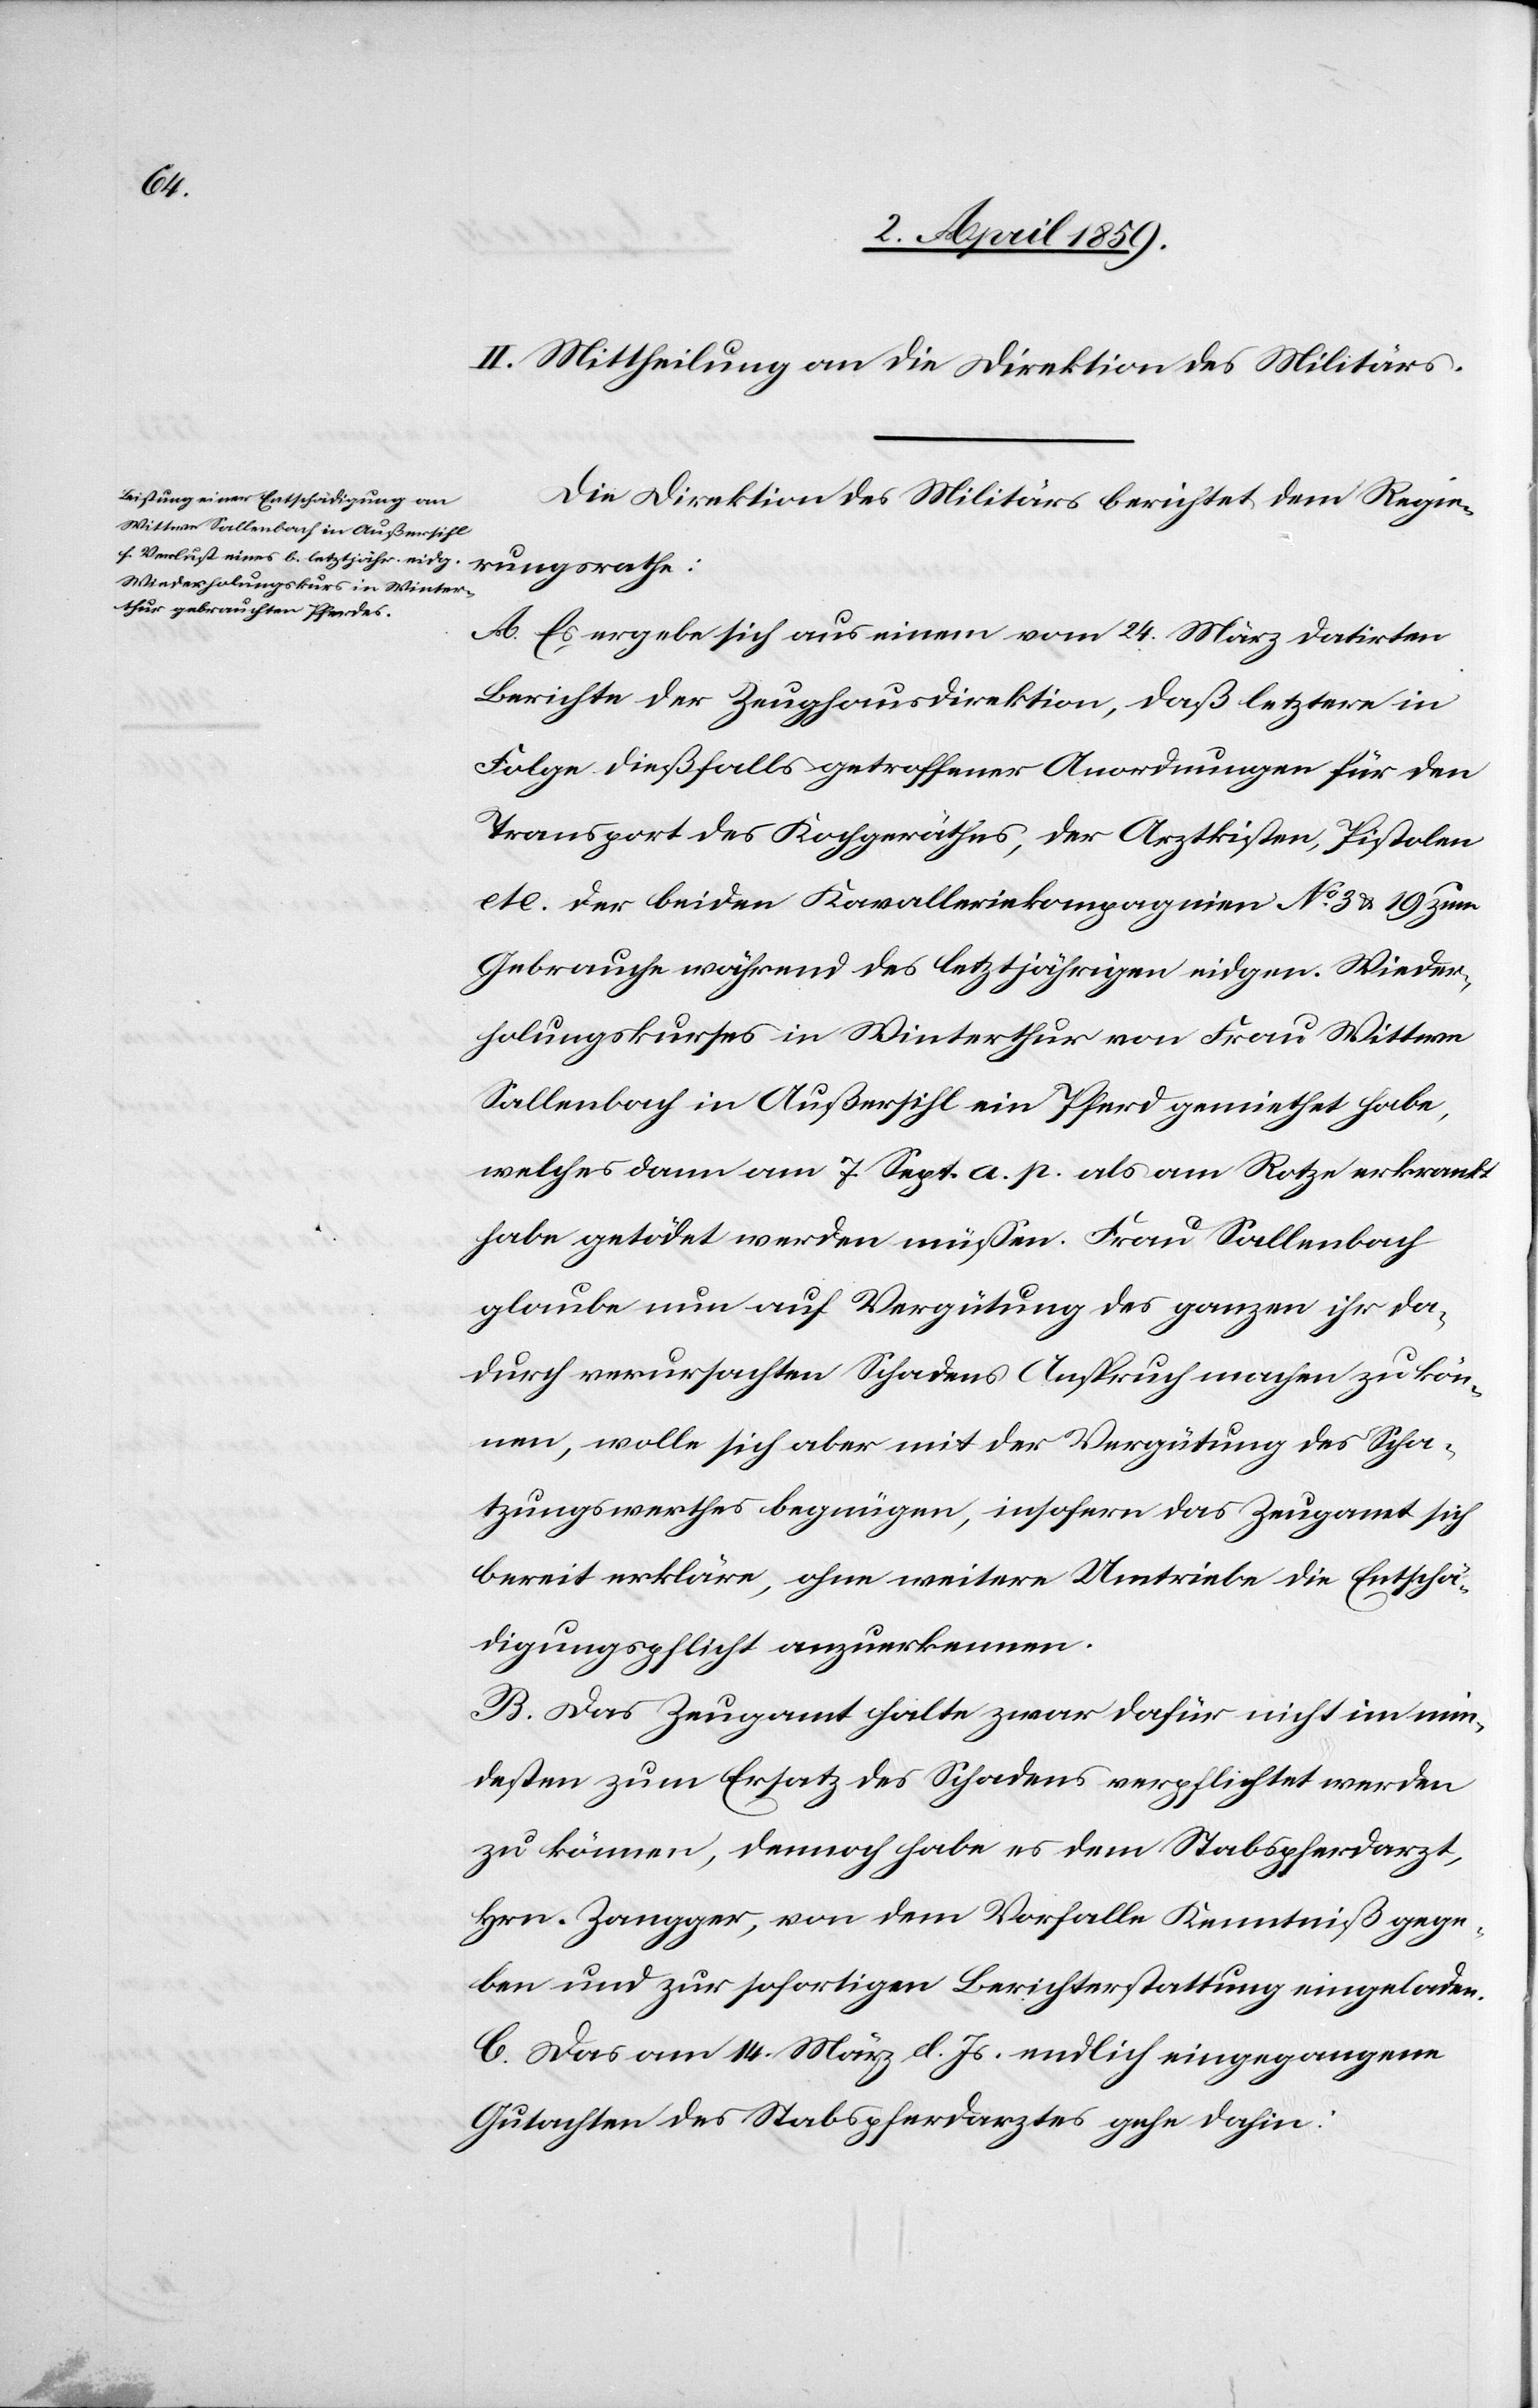
rathe:
II. Mittheilung an die Direktion des Militärs.
Die Direktion des Militärs berichtet dem Regierungs¬
A. Es ergebe sich aus einem vom 24. März datirten
Berichte der Zeughausdirektion, daß letztere in
Folge dießfalls getroffener Anordnungen für den
Transport des Kochgeräthes, der Arztkisten, Pistolen
etc. der beiden Kavalleriekompagnien No 3 & 19 zum
Gebrauche während des letztjährigen eidgen. Wieder¬
holungskurses in Winterthur von Frau Wittwe
Sallenbach in Außersihl ein Pferd gemiethet habe,
welches dann am 7. Sept. a. p. als am Rotze erkrankt
habe getödet werden müßen. Frau Sallenbach
glaube nun auf Vergütung des ganzen ihr da¬
durch verursachten Schadens Anspruch machen zu kön¬
nen, wolle sich aber mit der Vergütung des Scha¬
tzungswerthes begnügen, insofern das Zeugamt sich
bereit erkläre, ohne weitere Umtriebe die Entschä¬
digungspflicht anzuerkennen.
B. Das Zeugamt halte zwar dafür nicht im min¬
desten zum Ersatz des Schadens verpflichtet werden
zu können, dennoch habe es dem Stabspferdarzt,
Hrn. Zangger, von dem Vorfalle Kenntniß gege¬
ben und zur sofortigen Berichterstattung eingeladen.
C. Das am 14. März d. Js. endlich eingegangene
Gutachten des Stabspferdarztes gehe dahin: